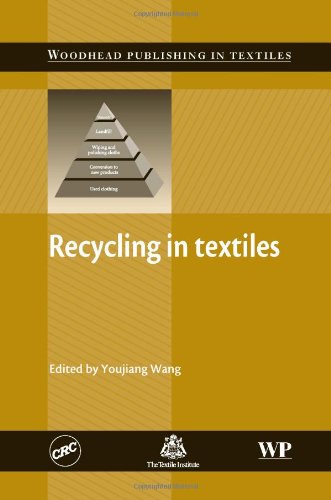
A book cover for Recycling in Textiles (Woodhead Publishing Series in Textiles); Business & Money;